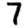
Digit: 7